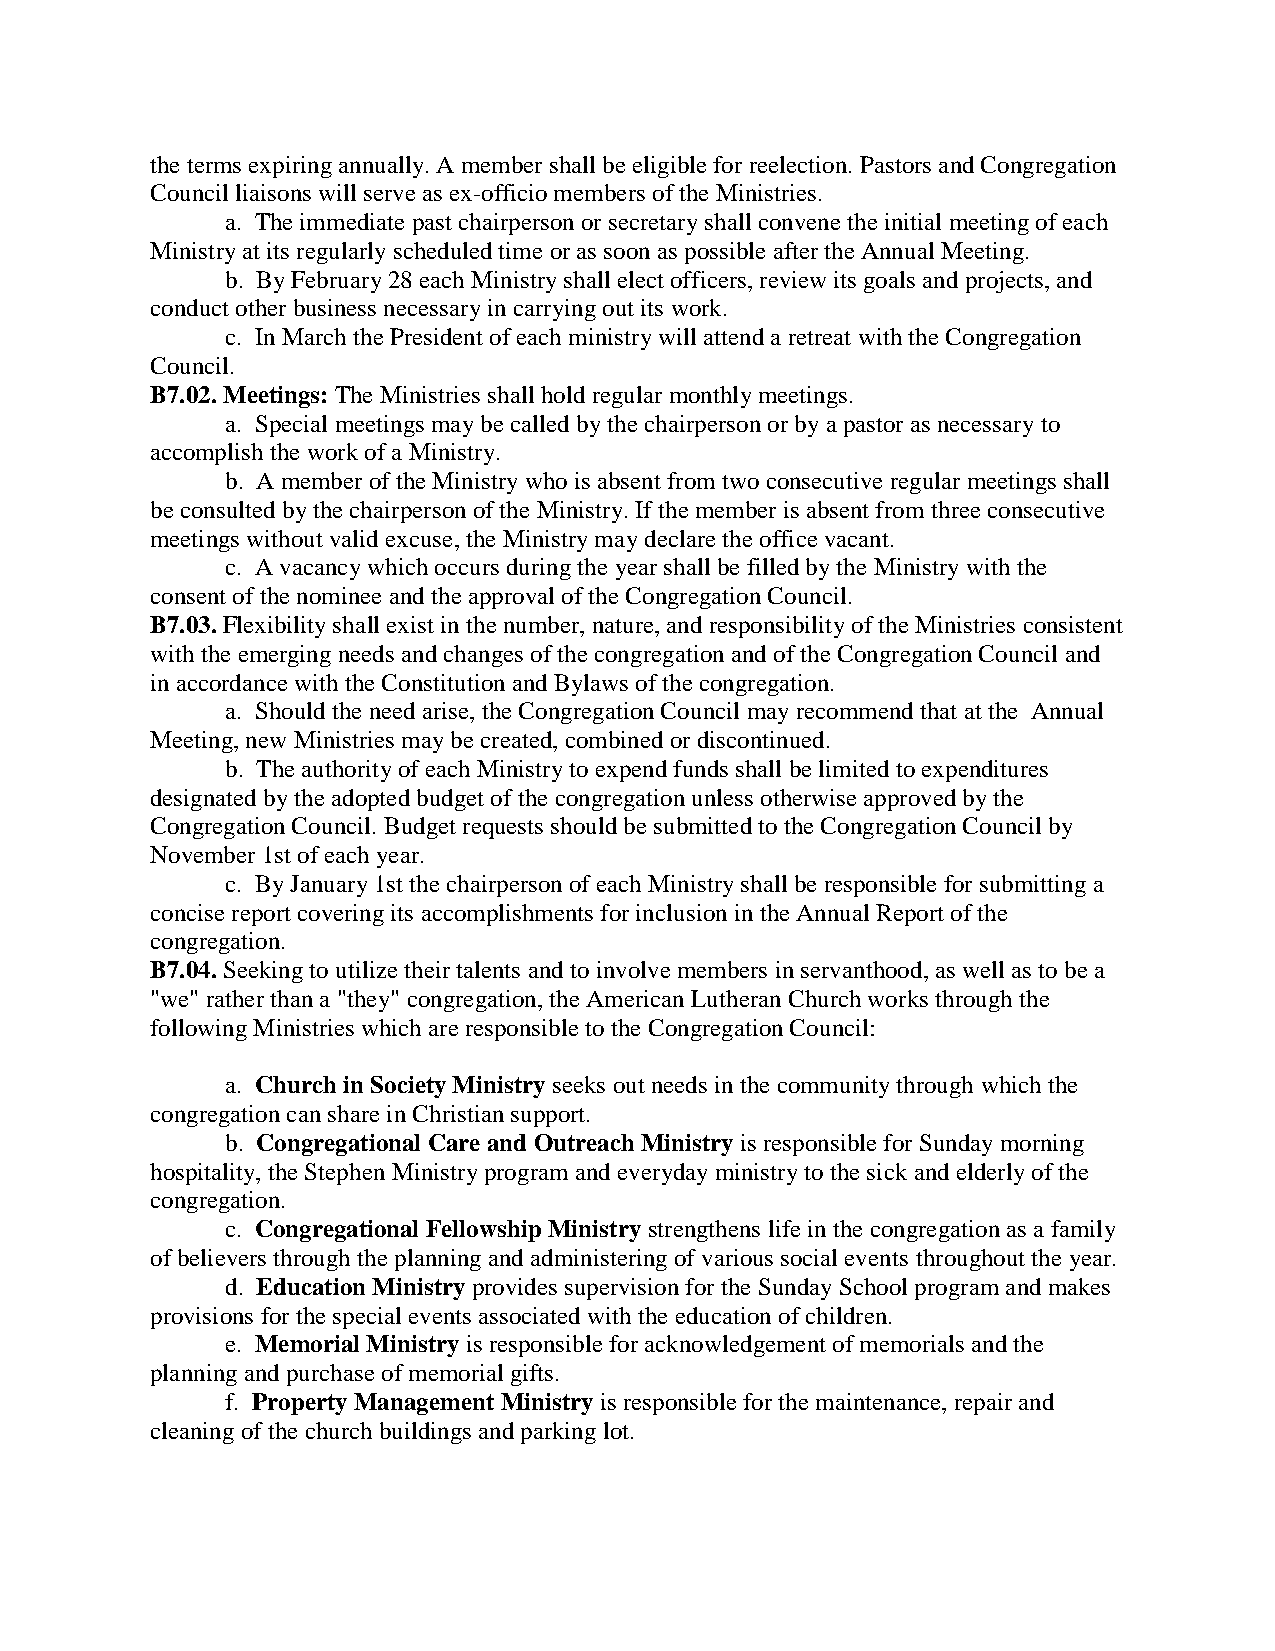
the terms expiring annually. A member shall be eligible for reelection. Pastors and Congregation
 Council liaisons will serve as ex-officio members of the Ministries.
 a. The immediate past chairperson or secretary shall convene the initial meeting of each
 Ministry at its regularly scheduled time or as soon as possible after the Annual Meeting.
 b. By February 28 each Ministry shall elect officers, review its goals and projects, and
 conduct other business necessary in carrying out its work.
 c. In March the President of each ministry will attend a retreat with the Congregation
 Council.
 B7.02. Meetings: The Ministries shall hold regular monthly meetings.
 a. Special meetings may be called by the chairperson or by a pastor as necessary to
 accomplish the work of a Ministry.
 b. A member of the Ministry who is absent from two consecutive regular meetings shall
 be consulted by the chairperson of the Ministry. If the member is absent from three consecutive
 meetings without valid excuse, the Ministry may declare the office vacant.
 c. A vacancy which occurs during the year shall be filled by the Ministry with the
 consent of the nominee and the approval of the Congregation Council.
 B7.03. Flexibility shall exist in the number, nature, and responsibility of the Ministries consistent
 with the emerging needs and changes of the congregation and of the Congregation Council and
 in accordance with the Constitution and Bylaws of the congregation.
 a. Should the need arise, the Congregation Council may recommend that at the Annual
 Meeting, new Ministries may be created, combined or discontinued.
 b. The authority of each Ministry to expend funds shall be limited to expenditures
 designated by the adopted budget of the congregation unless otherwise approved by the
 Congregation Council. Budget requests should be submitted to the Congregation Council by
 November 1st of each year.
 c. By January 1st the chairperson of each Ministry shall be responsible for submitting a
 concise report covering its accomplishments for inclusion in the Annual Report of the
 congregation.
 B7.04. Seeking to utilize their talents and to involve members in servanthood, as well as to be a
 "we" rather than a "they" congregation, the American Lutheran Church works through the
 following Ministries which are responsible to the Congregation Council:
 a. Church in Society Ministry seeks out needs in the community through which the
 congregation can share in Christian support.
 b. Congregational Care and Outreach Ministry is responsible for Sunday morning
 hospitality, the Stephen Ministry program and everyday ministry to the sick and elderly of the
 congregation.
 c. Congregational Fellowship Ministry strengthens life in the congregation as a family
 of believers through the planning and administering of various social events throughout the year.
 d. Education Ministry provides supervision for the Sunday School program and makes
 provisions for the special events associated with the education of children.
 e. Memorial Ministry is responsible for acknowledgement of memorials and the
 planning and purchase of memorial gifts.
 f. Property Management Ministry is responsible for the maintenance, repair and
 cleaning of the church buildings and parking lot.